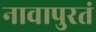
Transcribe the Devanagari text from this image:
नावापुरतं